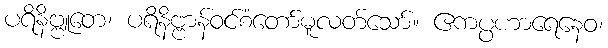
ပရိနိဗ္ဗူတေ၊ ပရိနိဗ္ဗာန်ဝင်စံတော်မူလတ်သော်။ ဧကပ္ပဟာရေနေဝ၊